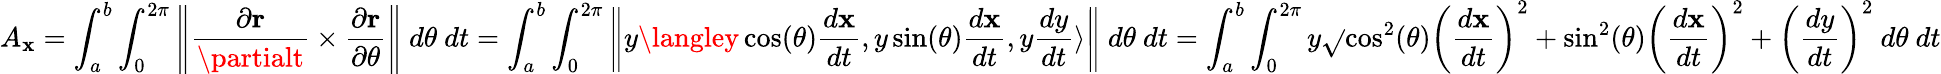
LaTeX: A_{\mathbf{x}}=\int_{a}^{b}\int_{0}^{2\pi}\left\| {\frac{{\partial\mathbf{{r}}}}{{\partialt}}}\times{\frac{{\partial\mathbf{{r}}}}{{\partial\theta}}}\right\| \ d\theta\ dt=\int_{a}^{b}\int_{0}^{2\pi}\left\| y\langley\cos(\theta){\frac{{d\mathbf{x}}}{{dt}}},y\sin(\theta){\frac{{d\mathbf{x}}}{{dt}}},y{\frac{{dy}}{{dt}}}\rangle\right\| \ d\theta\ dt=\int_{a}^{b}\int_{0}^{2\pi}y{\sqrt{}{{\cos^{2}(\theta)\left({\frac{{d\mathbf{x}}}{{dt}}}\right)^{2}+\sin^{2}(\theta)\left({\frac{{d\mathbf{x}}}{{dt}}}\right)^{2}+\left({\frac{{dy}}{{dt}}}\right)^{2}}}}\ d\theta\ dt